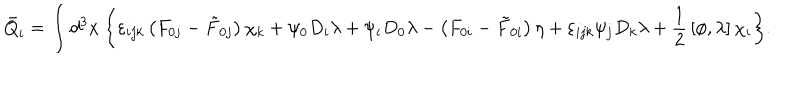
\bar { Q } _ { i } = \int d ^ { 3 } x \: \biggl \{ \varepsilon _ { i j k } \left( F _ { 0 j } - \tilde { F } _ { 0 j } \right) \chi _ { k } + \psi _ { 0 } D _ { i } \lambda + \psi _ { i } D _ { 0 } \lambda - \left( F _ { 0 i } - \tilde { F } _ { 0 i } \right) \eta + \varepsilon _ { i j k } \psi _ { j } D _ { k } \lambda + { \frac { 1 } { 2 } } \left[ \phi , \lambda \right] \chi _ { i } \biggl \} .